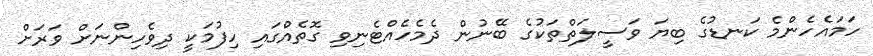
ހަމައެހެންމެ ކަނޑުގެ ބިޔަ ވަސީލަތްތަކުގެ ބޭނުން ދެމެހެއްޓެނިވި ގޮތެއްގައި ހިފުމަކީ ދިވެހިންނަށް ވަރަށް